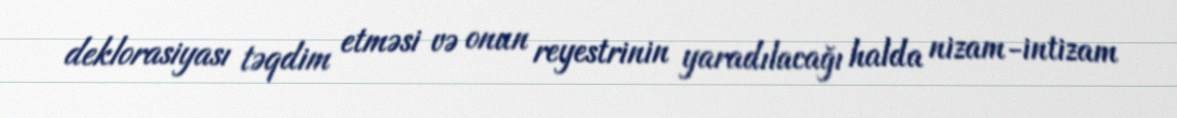
deklorasiyası təqdim etməsi və onun reyestrinin yaradılacağı halda nizam-intizam